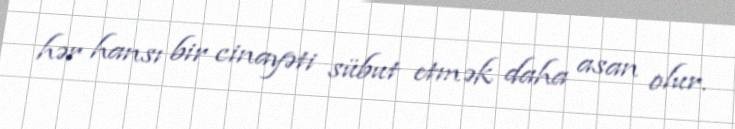
hər hansı bir cinayəti sübut etmək daha asan olur.